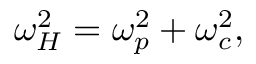
\omega _ { H } ^ { 2 } = \omega _ { p } ^ { 2 } + \omega _ { c } ^ { 2 } ,